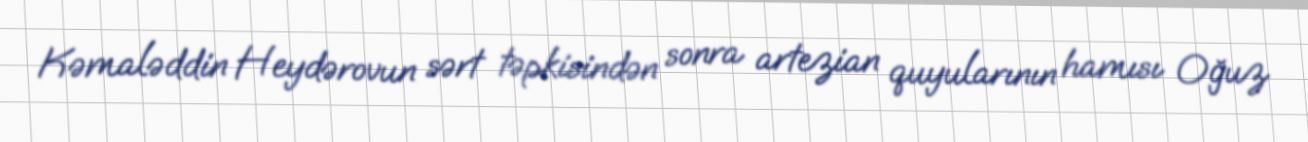
Kəmaləddin Heydərovun sərt təpkisindən sonra artezian quyularının hamısı Oğuz